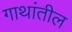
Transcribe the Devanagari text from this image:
गाथांतील